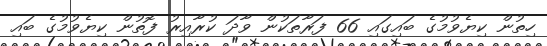
ހިތުން ކިޔެވުމުގެ ބައިގައި 66 ފަރާތަކުން ވާދަ ކުރާއިރު ފޮތުން ކިޔެވުމުގެ ބައި